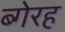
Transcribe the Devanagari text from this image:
ब्गेरह